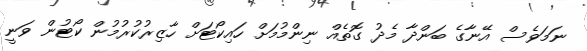
ނަމަވެސް އޭނާގެ ބަންދާ މެދު ގޮތެއް ނިންމުމަށް ހައިކޯޓަށް ހާޒިރުކުރުމުން ކޯޓުން ވަނީ